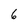
Character: 6